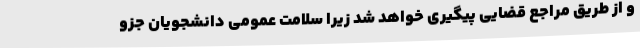
و از طریق مراجع قضایی پیگیری خواهد شد زیرا سلامت عمومی دانشجویان جزو